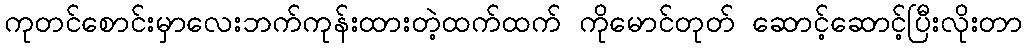
ကုတင်စောင်းမှာလေးဘက်ကုန်းထားတဲ့ထက်ထက် ကိုမောင်တုတ် ဆောင့်ဆောင့်ပြီးလိုးတာ